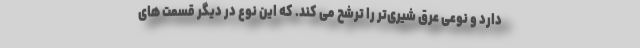
دارد و نوعی عرق شیری‌تر را ترشح می کند. که این نوع در دیگر قسمت های